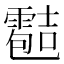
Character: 𲊄